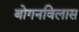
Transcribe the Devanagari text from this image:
बोगनविलास